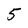
Character: 5